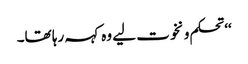
‘‘ تحکم و نخوت لیے وہ کہہ رہا تھا۔